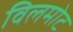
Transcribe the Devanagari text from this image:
विलमोट